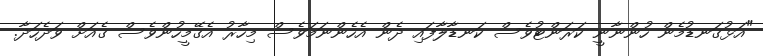
"އަޅުގަނޑުމެން ހުންނާނީ ކަރަންޓުވެސް ކަނޑާލާފައި ދެން އެހެންނަމަވެސް މިހާރު އެގޭމީހުންވެސް ގެއަށް ވަދެހަދާ.